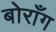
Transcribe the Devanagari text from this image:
बोराँग